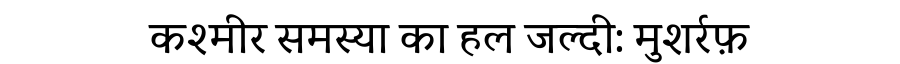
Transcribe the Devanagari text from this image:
कश्मीर समस्या का हल जल्दी: मुशर्रफ़